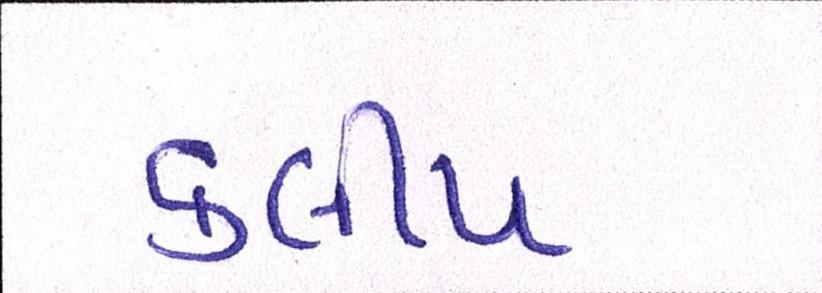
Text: કલીપ